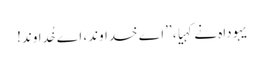
یہوداہ نے کہیا، ’’اے خداوند، اے خُداوند!